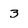
Character: 3